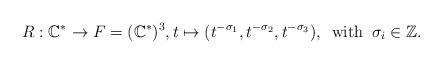
LaTeX: \begin{align*}R: \mathbb{C}^*\to F=(\mathbb{C}^*)^3, t\mapsto (t^{-\sigma_1},t^{-\sigma_2},t^{-\sigma_3}), \,\,\, \mathrm{with}\,\,\, \sigma_i\in\mathbb{Z}. \end{align*}